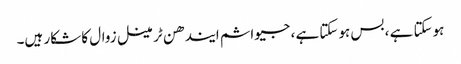
ہوسکتا ہے ، بس ہوسکتا ہے ، جیواشم ایندھن ٹرمینل زوال کا شکار ہیں۔